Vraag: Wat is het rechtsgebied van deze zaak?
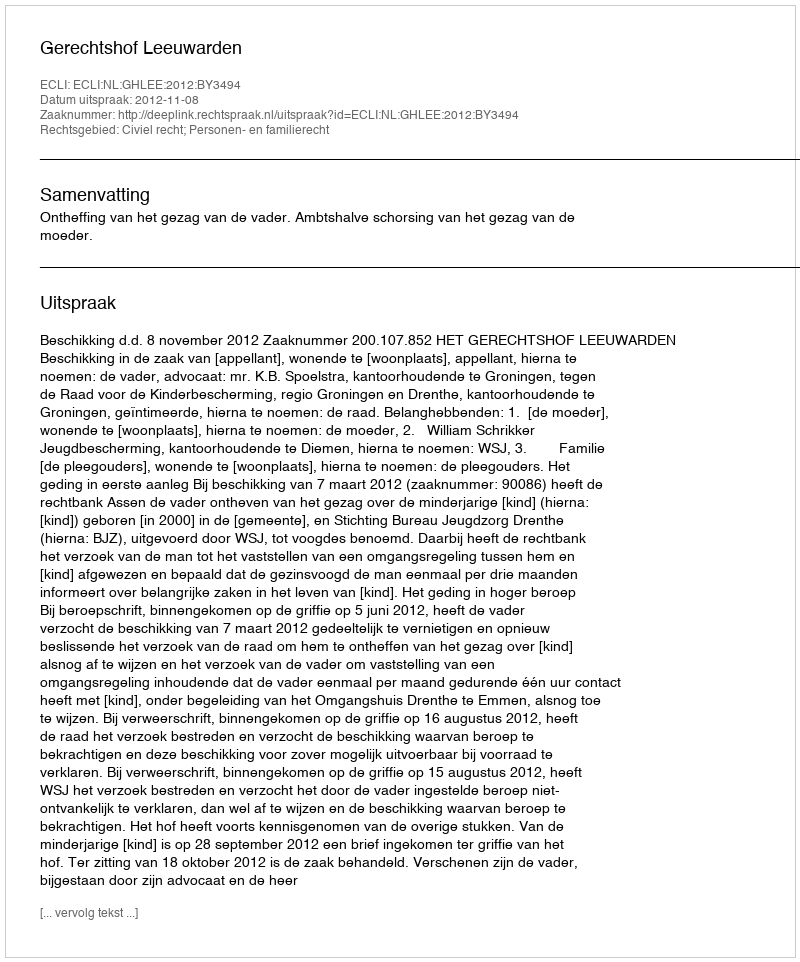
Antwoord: Civiel recht; Personen- en familierecht